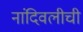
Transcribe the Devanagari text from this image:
नांदिवलीची